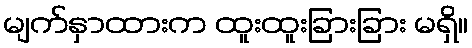
မျက်နှာထားက ထူးထူးခြားခြား မရှိ။